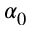
\alpha _ { 0 }